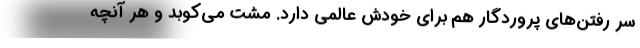
سر رفتن‌هاي پروردگار هم براي خودش عالمي دارد. مشت مي‌كوبد و هر آنچه